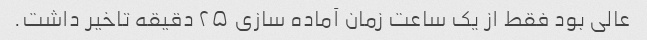
عالی بود فقط از یک ساعت زمان آماده سازی ۲۵ دقیقه تاخیر داشت.